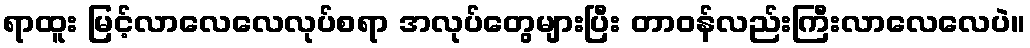
ရာထူး မြင့်လာလေလေလုပ်စရာ အလုပ်တွေများပြီး တာဝန်လည်းကြီးလာလေလေပဲ။